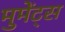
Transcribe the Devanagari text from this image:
मुमेंट्स